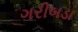
ગરીબડા